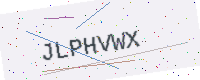
Text: JLPHVWX